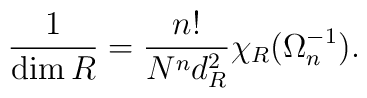
{1 \over \dim R} = { n!\over N^n d_R^2} \chi_R(\Omega_n^{-1}).